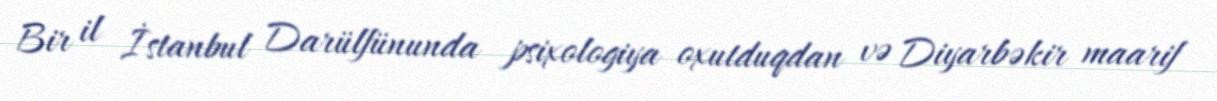
Bir il İstanbul Darülfünunda psixologiya oxutduqdan və Diyarbəkir maarif